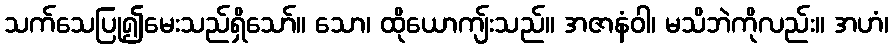
သက်သေပြု၍မေးသည်ရှိသော်။ သော၊ ထိုယောကျ်းသည်။ အဇာနံဝါ၊ မသိဘဲကိုလည်း။ အဟံ၊